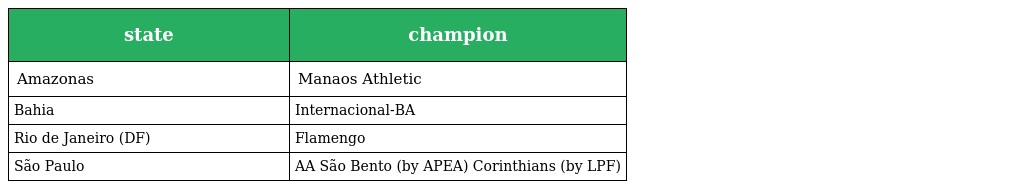
| state | champion |
 | --- | --- |
 | Amazonas | Manaos Athletic |
 | Bahia | Internacional-BA |
 | Rio de Janeiro (DF) | Flamengo |
 | São Paulo | AA São Bento (by APEA) Corinthians (by LPF) |